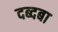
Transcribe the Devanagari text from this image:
दब्दबा